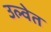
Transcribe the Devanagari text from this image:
उल्वेत